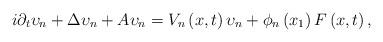
LaTeX: \begin{align*}i\partial _{t}\upsilon _{n}+\Delta \upsilon _{n}+A\upsilon _{n}=V_{n}\left(x,t\right) \upsilon _{n}+\phi _{n}\left( x_{1}\right) F\left( x,t\right) , \end{align*}